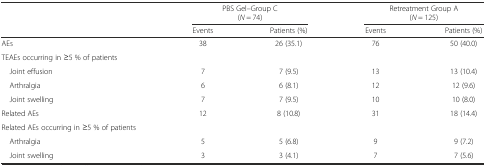
<table><thead><tr><td rowspan="3"></td><td colspan="2"><b>PBS Gel–Group C</b></td><td colspan="2"><b>Retreatment Group A</b></td></tr><tr><td colspan="2"><b>(<i>N</i> = 74)</b></td><td colspan="2"><b>(<i>N</i> = 125)</b></td></tr><tr><td><b>Events</b></td><td><b>Patients (%)</b></td><td><b>Events</b></td><td><b>Patients (%)</b></td></tr></thead><tbody><tr><td>AEs</td><td>38</td><td>26 (35.1)</td><td>76</td><td>50 (40.0)</td></tr><tr><td>TEAEs occurring in ≥5 % of patients</td><td></td><td></td><td></td><td></td></tr><tr><td> Joint effusion</td><td>7</td><td>7 (9.5)</td><td>13</td><td>13 (10.4)</td></tr><tr><td> Arthralgia</td><td>6</td><td>6 (8.1)</td><td>12</td><td>12 (9.6)</td></tr><tr><td> Joint swelling</td><td>7</td><td>7 (9.5)</td><td>10</td><td>10 (8.0)</td></tr><tr><td>Related AEs</td><td>12</td><td>8 (10.8)</td><td>31</td><td>18 (14.4)</td></tr><tr><td>Related AEs occurring in ≥5 % of patients</td><td></td><td></td><td></td><td></td></tr><tr><td> Arthralgia</td><td>5</td><td>5 (6.8)</td><td>9</td><td>9 (7.2)</td></tr><tr><td> Joint swelling</td><td>3</td><td>3 (4.1)</td><td>7</td><td>7 (5.6)</td></tr></tbody></table>